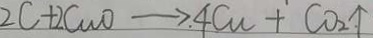
2 c + 2 C u o \rightarrow . 4 C u + C O _ { 2 } . \uparrow